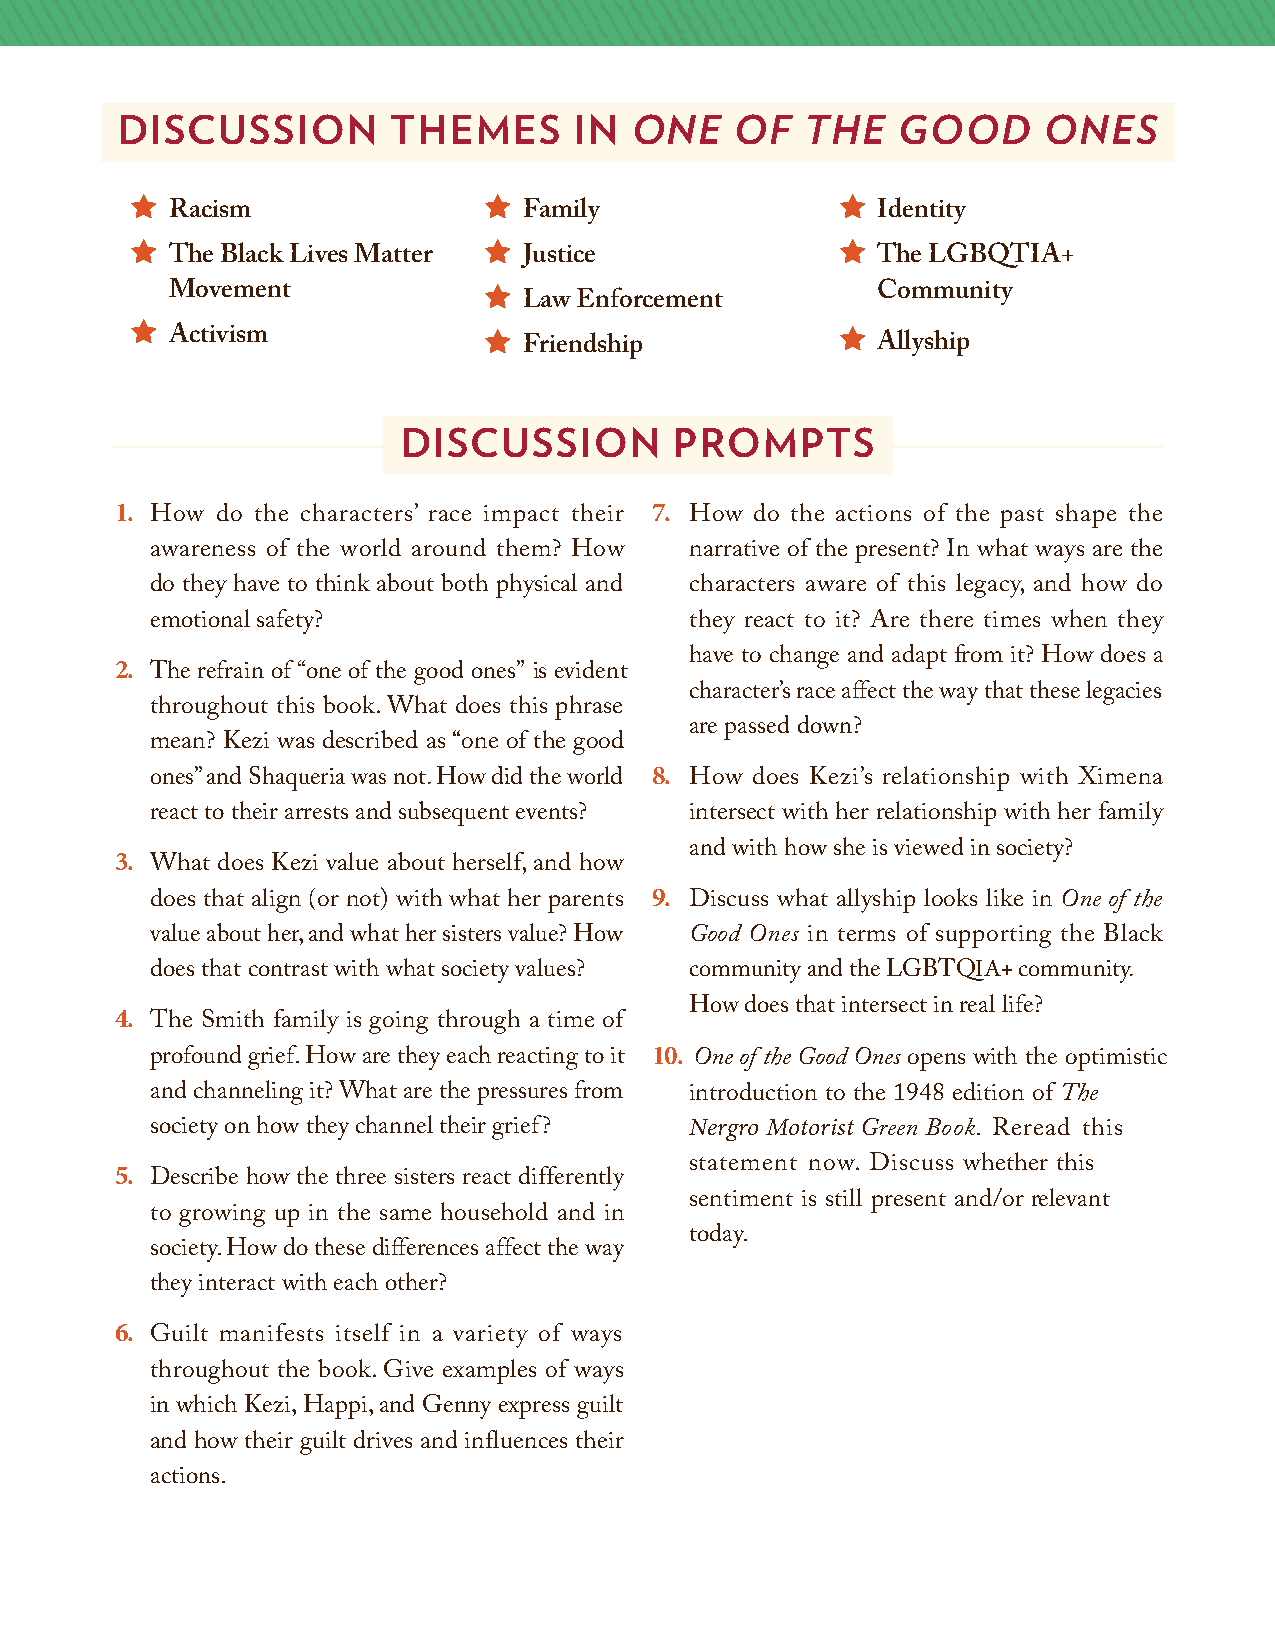
DISCUSSION        THEMES      IN  ONE   OF   THE   GOOD      ONES
                                              
 Racism                  Family                 Identity
                                              
 The Black Lives Matter  Justice                The LGBQTIA+
 Movement                                      Community
 Law Enforcement
 
 Activism                                    
 Friendship             Allyship
 DISCUSSION        PROMPTS
 1.                                 7.
 How do the characters’ race impact their How do the actions of the past shape the
 awareness of the world around them? How narrative of the present? In what ways are the
 do they have to think about both physical and characters aware of this legacy, and how do
 emotional safety?                   they react to it? Are there times when they
 2.                                    have to change and adapt from it? How does a
 The refrain of “one of the good ones” is evident
 character’s race affect the way that these legacies
 throughout this book. What does this phrase
 are passed down?
 mean? Kezi was described as “one of the good
 8.
 ones” and Shaqueria was not. How did the world How does Kezi’s relationship with Ximena
 react to their arrests and subsequent events? intersect with her relationship with her family
 3.                                    and with how she is viewed in society?
 What does Kezi value about herself, and how
 9.
 does that align (or not) with what her parents Discuss what allyship looks like in One of the
 value about her, and what her sisters value? How Good Ones in terms of supporting the Black
 IA
 does that contrast with what society values? community and the LGBTQ + community.
 4.                                    Howdoes that intersect in real life?
 The Smith family is going through a time of
 10.
 profound grief. How are they each reacting to it One of the Good Ones opens with the optimistic
 and channeling it? What are the pressures from introduction to the 1948 edition of The
 Nergro Motorist
 society on how they channel their grief?       Green Book. Reread this
 5.                                    statement now. Discuss whether this
 Describe how the three sisters react differently
 sentiment is still present and/or relevant
 to growing up in the same household and in
 today.
 society. How do these differences affect the way
 they interact with each other?
 6.
 Guilt manifests itself in a variety of ways
 throughout the book. Give examples of ways
 in which Kezi, Happi, and Genny express guilt
 and how their guilt drives and influences their
 actions.